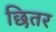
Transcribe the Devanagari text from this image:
छितर